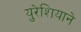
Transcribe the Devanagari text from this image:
युरेशियाने